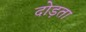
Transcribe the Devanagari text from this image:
दोड़ता